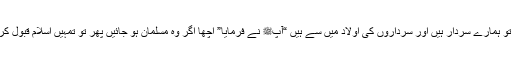
بزرگوں کی اولاد میں سے ہیں وہ تو ہمارے سردار ہیں اور سرداروں کی اولاد میں سے ہیں “آپﷺ نے فرمایا” اچھا اگر وہ مسلمان ہو جائیں پھر تو تمہیں اسلام قبول کرنے میں کوئی تامل تو نہیں ہو گا؟